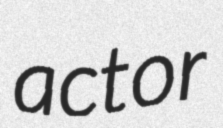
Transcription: actor